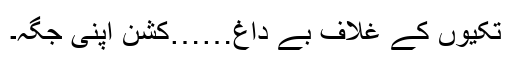
تکیوں کے غلاف بے داغ……کشن اپنی جگہ۔